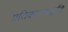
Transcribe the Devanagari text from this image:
प्रतिकारपद्धति